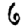
Digit: 6